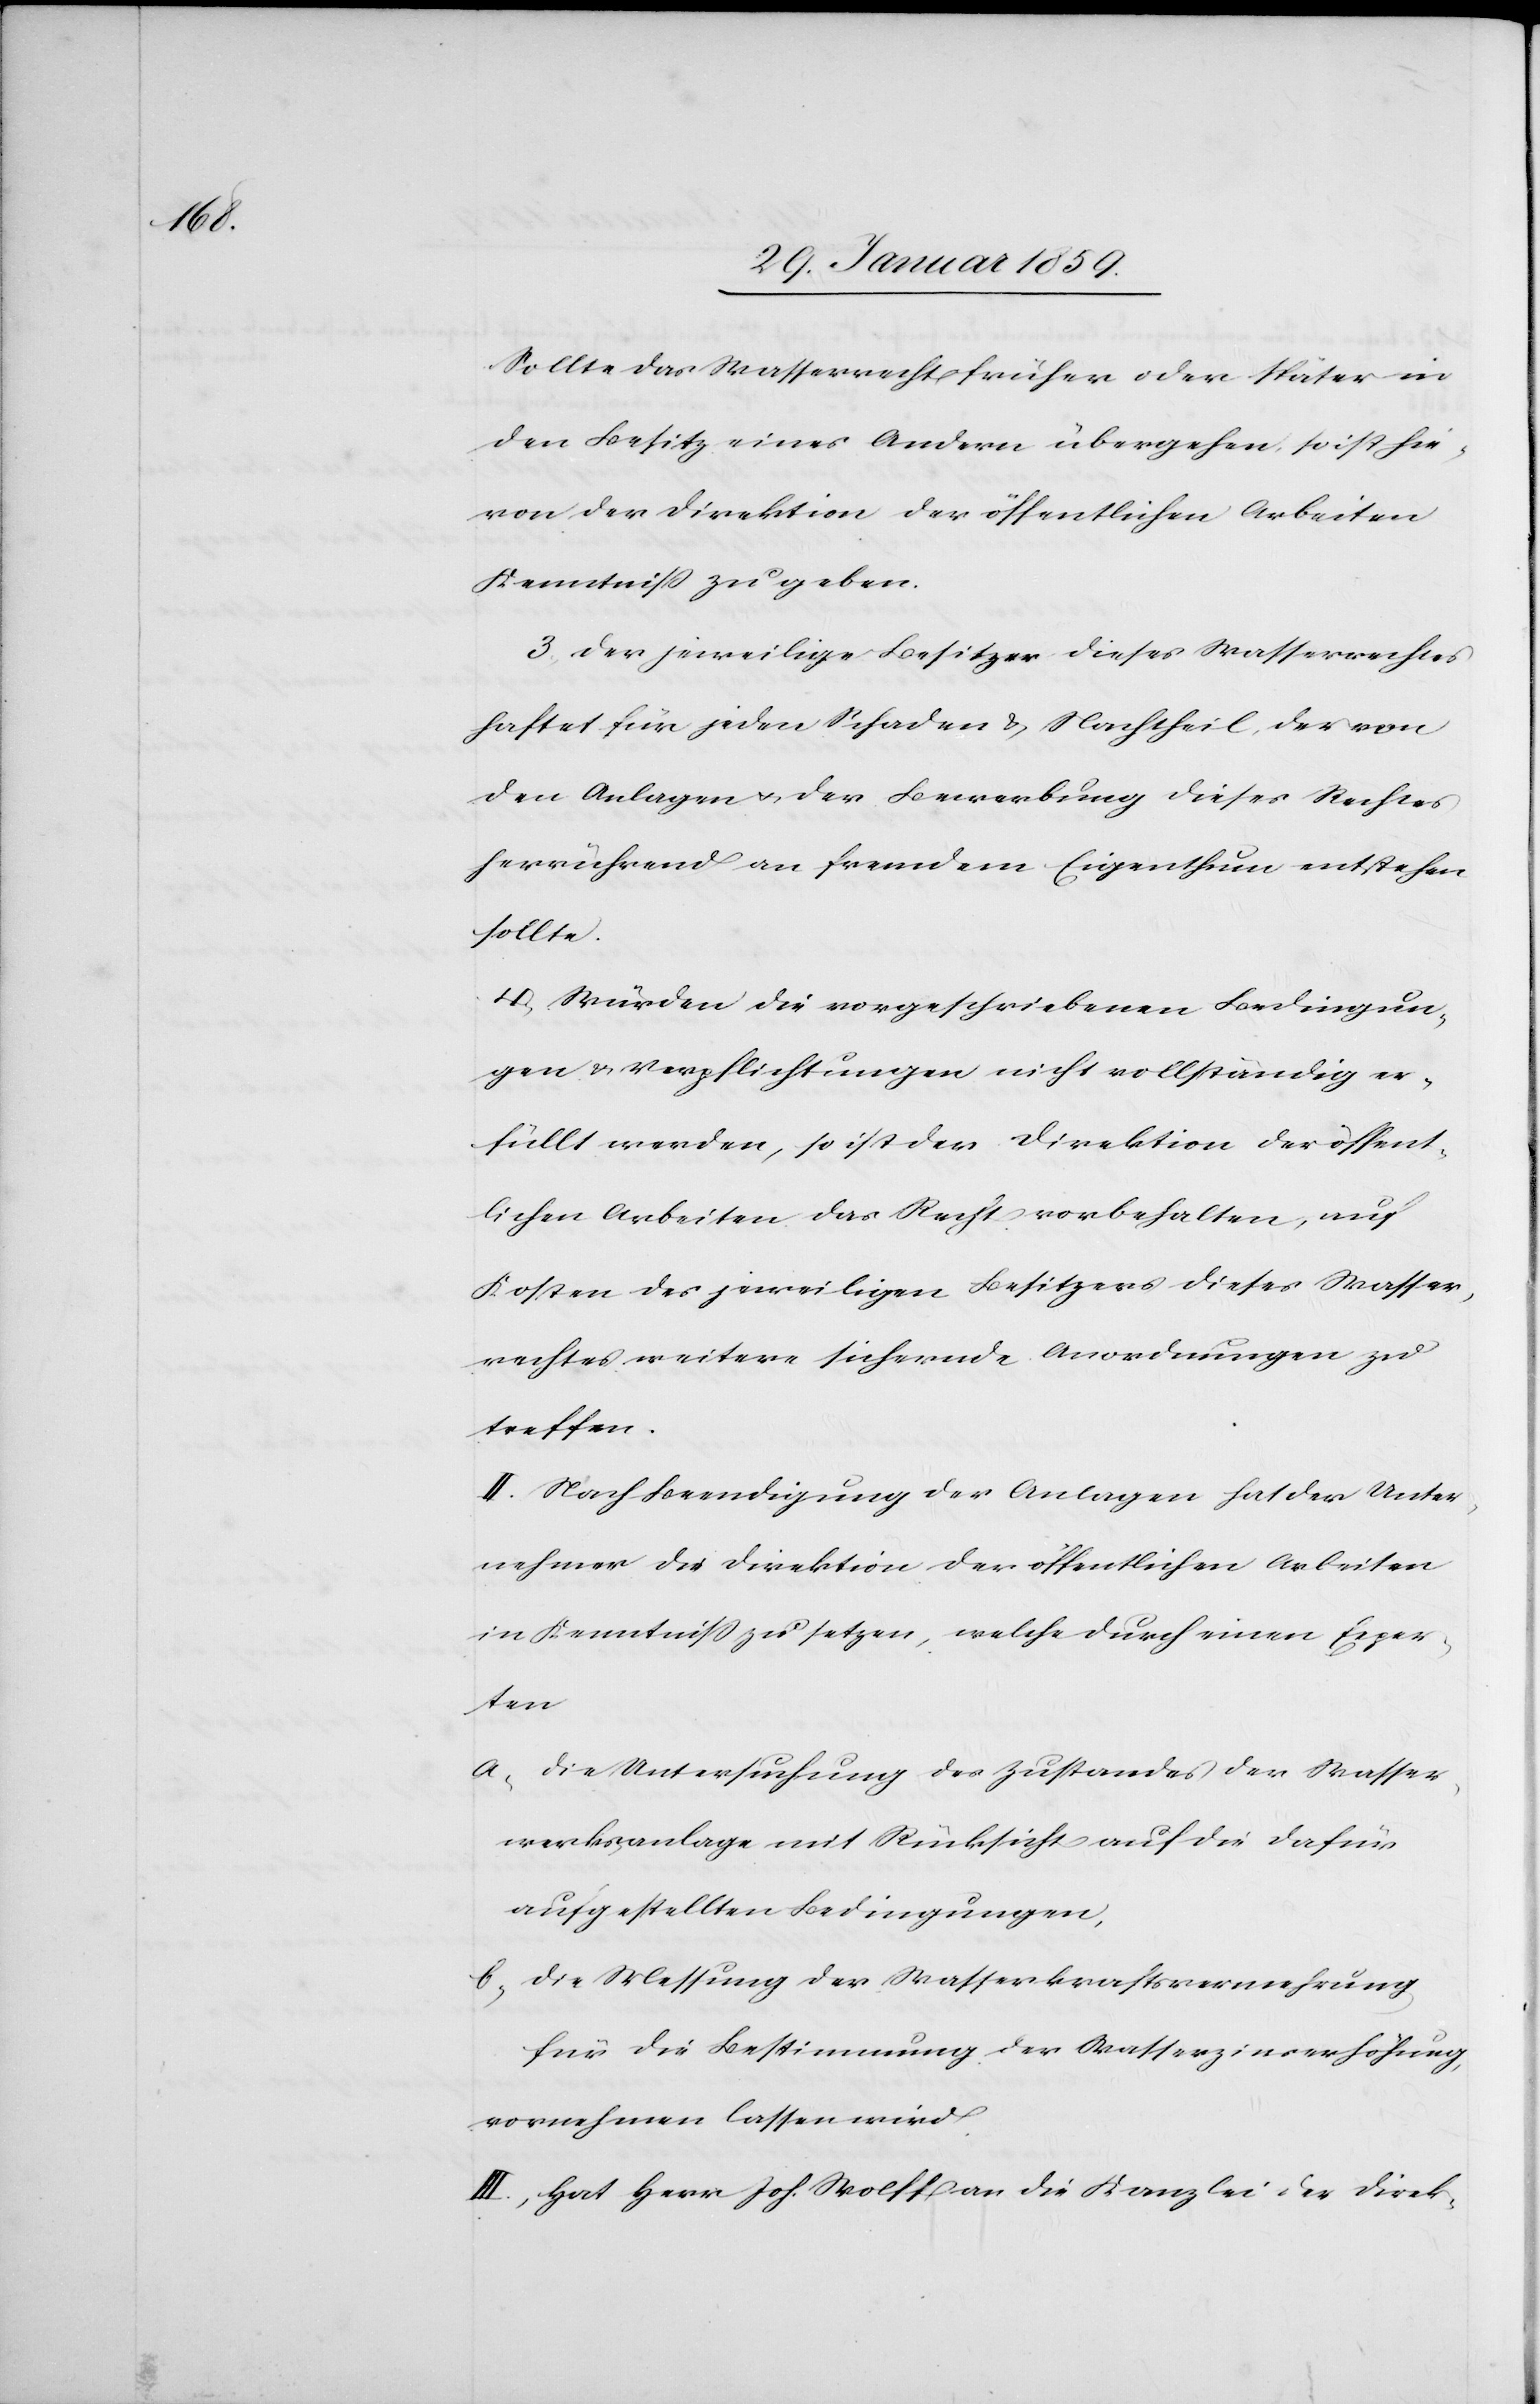
Sollte das Wasserrecht früher oder später in
den Besitz eines Andern übergehen, so ist hie¬
von der Direktion der öffentlichen Arbeiten
Kenntniß zu geben.
3. Der jeweilige Besitzer dieses Wasserrechtes
haftet für jeden Schaden & Nachtheil, der von
den Anlagen u. der Bewerbung dieses Rechtes
herrührend an fremdem Eigenthum entstehen
sollte.
4. Würden die vorgeschriebenen Bedingun¬
gen & Verpflichtungen nicht vollständig er¬
füllt werden, so ist der Direktion der öffent¬
lichen Arbeiten das Recht vorbehalten, auf
Kosten des jeweiligen Besitzers dieses Wasser¬
rechtes weitere sichernde Anordnungen zu
treffen.
II. Nach Beendigung der Anlagen hat der Unter¬
nehmer die Direktion der öffentlichen Arbeiten
in Kenntniß zu setzen, welche durch einen Exper¬
ten
a, die Untersuchung des Zustandes der Wasser¬
werksanlage mit Rücksicht auf die dafür
aufgestellten Bedingungen,
b, die Messung der Wasserkraftsvermehrung
für die Bestimmung der Wasserzinserhöhung,
vornehmen lassen wird.
III. Hat Herr Joh. Wolff an die Kanzlei der Direk-